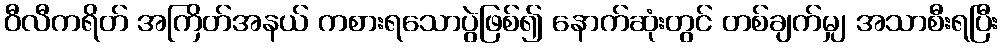
ဝီလီကရိတ် အကြိတ်အနယ် ကစားရသောပွဲဖြစ်၍ နောက်ဆုံးတွင် တစ်ချက်မျှ အသာစီးရပြီး